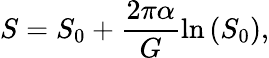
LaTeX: S=S_{0}+\frac{2\pi\alpha}{G}\ln\left(S_{0}\right),